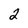
Character: 2